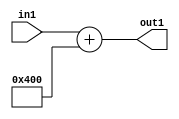
`timescale 1ps / 1ps
/*****************************************************************************
    Verilog RTL Description
    
    
    Created by: Stratus DpOpt 2019.1.01 
*******************************************************************************/

module SobelFilter_Add2iLLu9_4 (
	in1,
	out1
	); /* architecture "behavioural" */ 
input [8:0] in1;
output [10:0] out1;
wire [10:0] asc001;

assign asc001 = 
	+(in1)
	+(11'B10000000000);

assign out1 = asc001;
endmodule

/* CADENCE  urf1TgA= : u9/ySgnWtBlWxVPRXgAZ4Og= ** DO NOT EDIT THIS LINE ******/